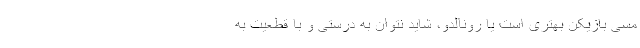
مسی بازیکن بهتری است یا رونالدو، شاید نتوان به درستی و با قطعیت به